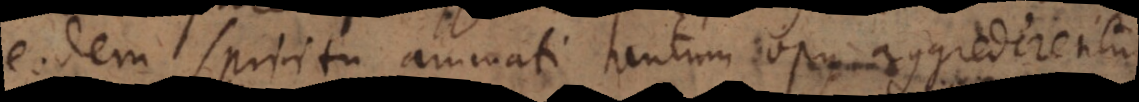
eodem spiritu animati tantum opus aggrederentur.